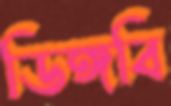
ডিঙ্গবি